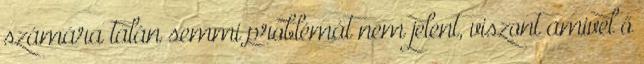
számára talán semmi problémát nem jelent, viszont amivel ő